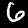
Digit: 6